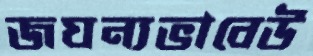
জঘন্যভাবেউ